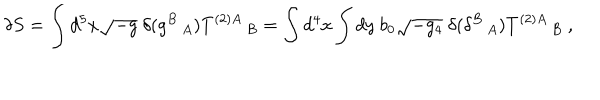
\delta S = \int d ^ { 5 } x \sqrt { - g } ~ \delta ( g ^ { B } \, _ { A } ) T ^ { ( 2 ) A } \, _ { B } = \int d ^ { 4 } x \int d y ~ b _ { 0 } \sqrt { - g _ { 4 } } ~ \delta ( \delta ^ { B } \, _ { A } ) T ^ { ( 2 ) A } \, _ { B } ~ ,